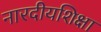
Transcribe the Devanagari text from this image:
नारदीयशिक्षा